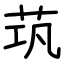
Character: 茿